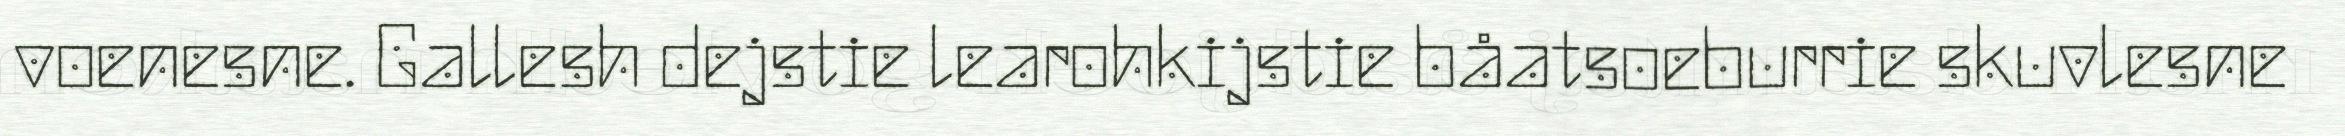
voenesne. Gallesh dejstie learohkijstie båatsoeburrie skuvlesne